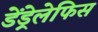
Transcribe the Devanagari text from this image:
डेंड्रेलेफिस